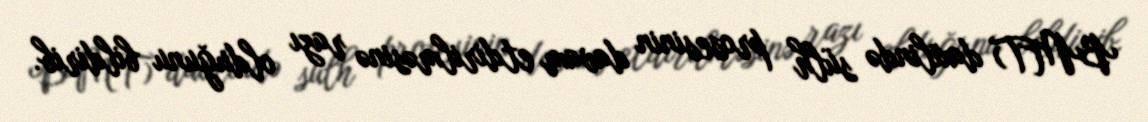
BMT) daxilində sülh prosesinin davam etdirilməsinə razı olduğunu bildirib.